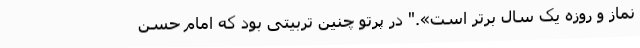
نماز و روزه یک سال برتر است»." در پرتو چنین تربیتی بود که امام حسن